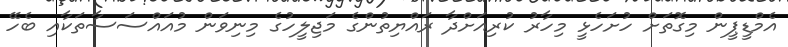
އެމްޑީޕީން މިގޮތަށް ހުށަހެޅީ މިހާރު ކުރިއަށްދާ ރައްޔިތުންގެ މަޖިލީހުގެ މިނިވަން މުއައްސަސާތަކާއި ބެހޭ